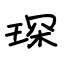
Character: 琛